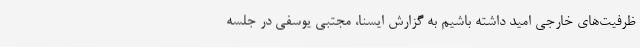
ظرفیت‌های خارجی امید داشته باشیم به گزارش ایسنا، مجتبی یوسفی در جلسه